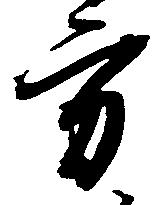
方